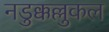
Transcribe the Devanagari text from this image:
नडुक्कल्लुकल